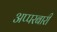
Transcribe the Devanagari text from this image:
अप्परबारी